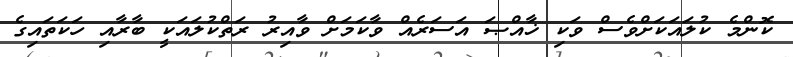
ކޮންމެ ކުލައަކަށްވެސް ވަކި ޚާއްޞަ އަސަރެއް ވާކަމަށް ވާއިރު ރަތްކުލައަކީ ބާރާއި ހަކަތައިގެ